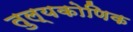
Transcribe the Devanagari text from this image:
तुल्यकोणिक